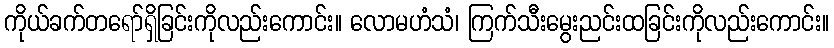
ကိုယ်ခက်တရော်ရှိခြင်းကိုလည်းကောင်း။ လောမဟံသံ၊ ကြက်သီးမွေးညင်းထခြင်းကိုလည်းကောင်း။